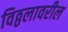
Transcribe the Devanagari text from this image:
विठ्ठलावरील